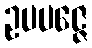
ဥပပဇ္ဇေ